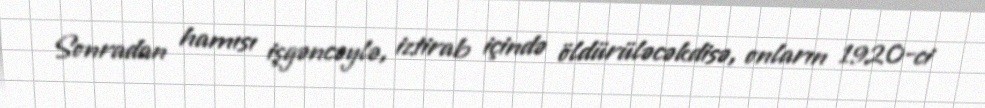
Sonradan hamısı işgəncəylə, iztirab içində öldürüləcəkdisə, onların 1920-ci